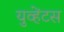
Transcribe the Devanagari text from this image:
युव्हेंटस